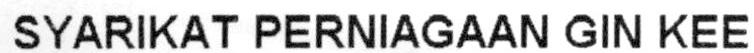
SYARIKAT PERNIAGAAN GIN KEE